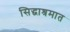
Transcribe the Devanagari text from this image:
सिद्धाश्रमात